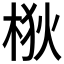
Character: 梑